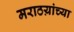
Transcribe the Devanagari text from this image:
मराठय़ांच्या